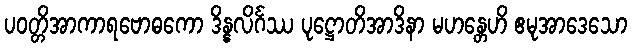
ပဝတ္တိအာကာရဗောဓကော ဒိန္နလိင်္ဂဿ ပုဋ္ဌောတိအာဒိနာ မဟန္တေဟိ ဧမုအာဒေသော